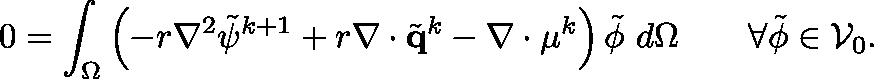
0 = \int _ { \Omega } \left( - r \nabla ^ { 2 } \tilde { \psi } ^ { k + 1 } + r \mathbf { \nabla } \cdot \tilde { \mathbf { q } } ^ { k } - \mathbf { \nabla } \cdot \mathbf { \mu } ^ { k } \right) \tilde { \phi } ~ d \Omega ~ ~ ~ ~ ~ ~ \forall \tilde { \phi } \in \mathcal { V } _ { 0 } .